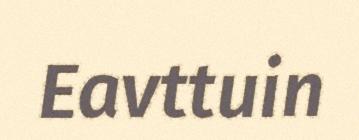
Eavttuin